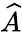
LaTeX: \widehat{A}